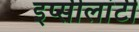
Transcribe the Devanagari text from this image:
इप्सीलांटी